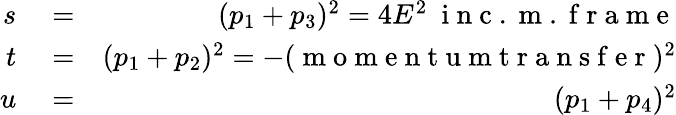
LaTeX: \begin{array}{rlr}{s}&{{}=}&{(p_{1}+p_{3})^{2}=4E^{2}\mathrm{~\ i~n~c~.~m~.~f~r~a~m~e~}}\\ {t}&{{}=}&{(p_{1}+p_{2})^{2}=-(\mathrm{~m~o~m~e~n~t~u~m~t~r~a~n~s~f~e~r~})^{2}}\\ {u}&{{}=}&{(p_{1}+p_{4})^{2}}\end{array}